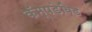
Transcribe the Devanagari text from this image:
कॅम्पडेविड